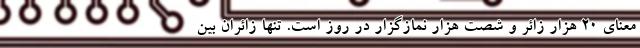
معنای 20 هزار زائر و شصت هزار نمازگزار در روز است. تنها زائران بین